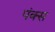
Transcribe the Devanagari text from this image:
पंक्स